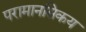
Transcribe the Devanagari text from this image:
परामानसिकय